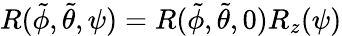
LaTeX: R(\tilde{\phi},\tilde{\theta},\psi)=R(\tilde{\phi},\tilde{\theta},0)R_{z}(\psi)